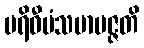
ပရိဝီမံသမာပဇ္ဇတိ